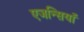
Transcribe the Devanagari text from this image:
एजन्सियाँ